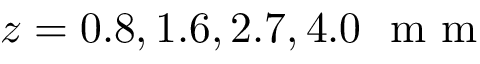
z = 0 . 8 , 1 . 6 , 2 . 7 , 4 . 0 \ \mathrm { ~ m ~ m ~ }